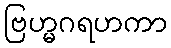
ဗြဟ္မဂရဟကာ